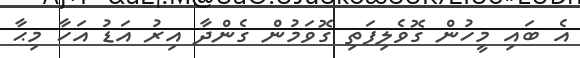
އެ ބައި މީހުން ގޮވެލިފަތި ގޮވަމުން ގެންދާ އިރު އަޑު އަހާ މިޙާ